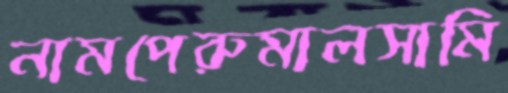
নামপেরুমালসামি